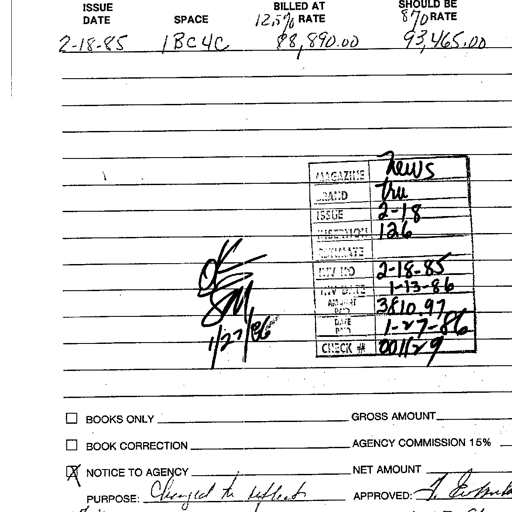
Transcript:
ISSUE DATE SPACE BILLED AT RATE SHOULD BE RATE
2-18-85 1BC4C 12.5% 88,890.00 870 93,465.00
OK SM 1/27/86
MAGAZINE News
BRAND tru
ISSUE 2-18
SECTION 126
ESTIMATE
INV NO 2-18-85
INV DATE 1-13-86
AMOUNT PAID 3810.97
DATE PAID 1-27-86
CHECK # 001179
☐ BOOKS ONLY GROSS AMOUNT
☐ BOOK CORRECTION AGENCY COMMISSION 15%
☒ NOTICE TO AGENCY NET AMOUNT
PURPOSE: Changed to reflect APPROVED: T. Er...